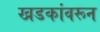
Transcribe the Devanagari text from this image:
खडकांवरून